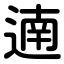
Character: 遖